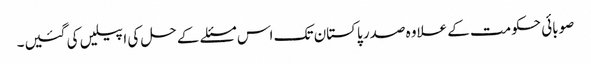
صوبائی حکومت کے علاوہ صدر پاکستان تک اس مسئلے کے حل کی اپیلیں کی گئیں۔